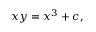
x y = x ^ { 3 } + c ,